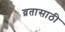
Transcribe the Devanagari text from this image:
व्रतासाठी